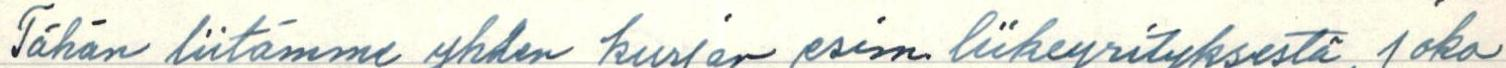
Tähän liitämme yhden kurjan esim. liikeyrityksestä, joka